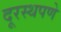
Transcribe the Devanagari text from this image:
दूरस्थपणे